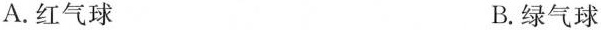
A.红气球 B.绿气球